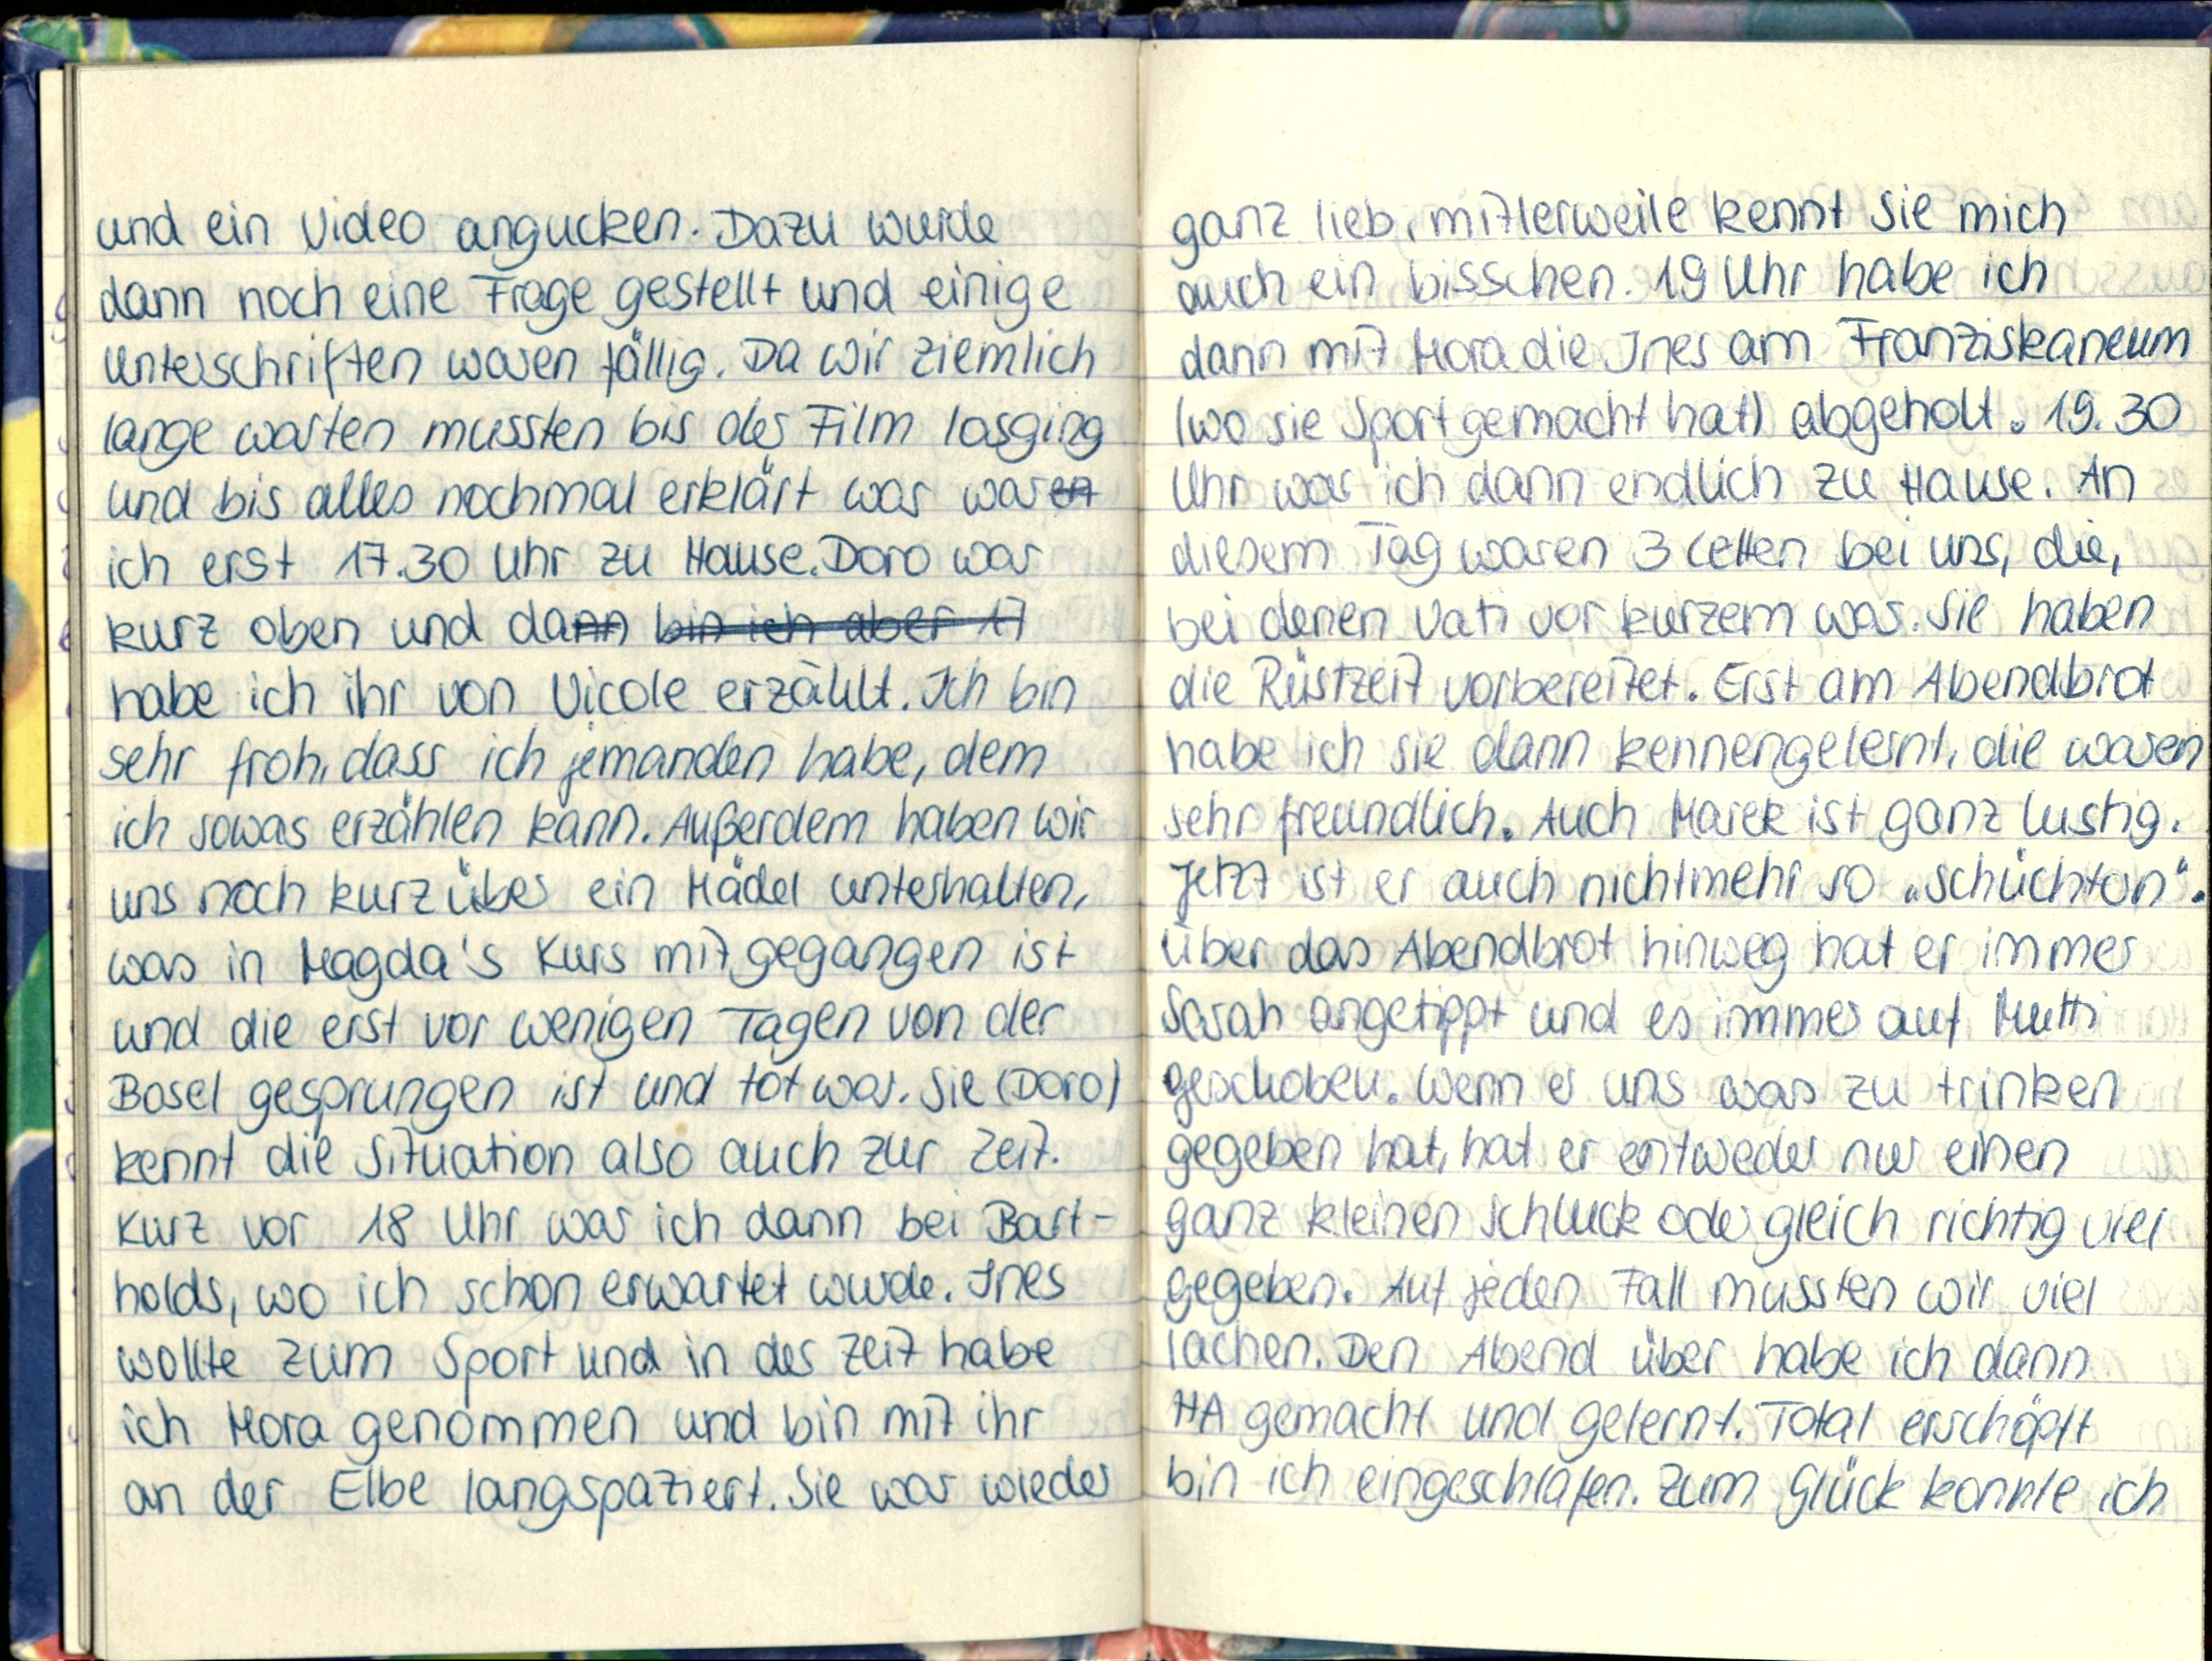
und ein Video angucken. Dazu wurde
dann noch eine Frage gestellt und einige
Unterschriften waren fällig. Da wir ziemlich
lange warten mussten bis der Film losging
und bis alles nochmal erklärt war war
ich erst 17.30 Uhr zu Hause. Doro war
kurz oben und da
habe ich ihr von Nicole erzählt. Ich bin
sehr froh, dass ich jemanden habe, dem
ich sowas erzählen kann. Außerdem haben wir
uns noch kurz über ein Mädel unterhalten,
was in Magda's Kurs mit gegangen ist
und die erst vor wenigen Tagen von der
Bosel gesprungen ist und tot war. Sie (Doro)
kennt die Situation also auch zur Zeit.
Kurz vor 18 Uhr war ich dann bei Bart-
holds, wo ich schon erwartet wurde. Ines
wollte zum Sport und in der Zeit habe
ich Mora genommen und bin mit ihr
an der Elbe langspaziert. Sie war wieder

ganz lieb, mitlerweile kennt sie mich
auch ein bisschen. 19 Uhr habe ich
dann mit Mora die Ines am Franziskaneum
(wo sie Sport gemacht hat) abgeholt. 19.30
Uhr war ich dann endlich zu Hause. An
diesem Tag waren 3 Letten bei uns, die,
bei denen Vati vor kurzem war. Sie haben
die Rüstzeit vorbereitet. Erst am Abendbrot
habe ich sie dann kennengelernt, die waren
sehr freundlich. Auch Marek ist ganz lustig.
Jetzt ist er auch nichtmehr so „schüchtern".
über das Abendbrot hinweg hat er immer
Sarah angetippt und es immer auf Mutti
geschoben. Wenn er uns was zu trinken
gegeben hat, hat er entweder nur einen
ganz kleinen Schluck oder gleich richtig viel-
gegeben. Auf jeden Fall mussten wir viel
lachen. Den Abend über habe ich dann
HA gemacht und gelernt. Total erschöpft
bin ich eingeschlafen. Zum Glück konnte ich